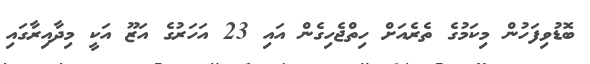
ބޮޑުވިފަހުން މިކަމުގެ ތެރެއަށް ހިތްޖެހިގެން އައި 23 އަހަރުގެ އަޒޫ އަކީ މިދާއިރާގައި